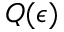
Q ( \epsilon )